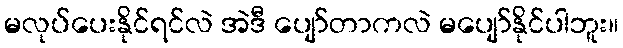
မလုပ်ပေးနိုင်ရင်လဲ အဲဒီ ပျော်တာကလဲ မပျော်နိုင်ပါဘူး။